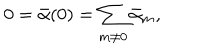
LaTeX: 0 = { \bar { \alpha } } ( 0 ) = \sum _ { m \neq 0 } { \bar { \alpha } } _ { m } ,